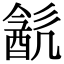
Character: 𨡳